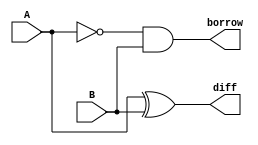
/*  821811 
    Felipe Rivetti Mizher
    Guia_0803
*/

module half_subtractor(
    input A, 
    input B, 
    output diff, borrow
);

    wire not_A;
    not NOT1 (not_A, A);
    xor XOR1 (diff, A, B);
    and AND1 (borrow, not_A, B);
    
endmodule

module full_subtractor(
    input A, B, Bin,
    output diff, Bout 
);
    wire borrow1, borrow2, diff1;

    half_subtractor HS1(A, B, diff1, borrow1);
    half_subtractor HS2(Bin, diff1, diff, borrow2);

    assign Bout = borrow1 | borrow2;
endmodule

module Guia_0802(
    input[5:0] operand_a,
    input[5:0] operand_b,
    output[5:0] difference,
    output borrow_out
);
    wire[5:0] diff;
    wire borrow;

    full_subtractor FS0(operand_a[5], operand_b[5], 1'b0, diff[5], borrow);
    full_subtractor FS1(operand_a[4], operand_b[4], borrow, diff[4], borrow);
    full_subtractor FS2(operand_a[3], operand_b[3], borrow, diff[3], borrow);
    full_subtractor FS3(operand_a[2], operand_b[2], borrow, diff[2], borrow);
    full_subtractor FS4(operand_a[1], operand_b[1], borrow, diff[1], borrow);
    full_subtractor FS5(operand_a[0], operand_b[0], borrow, diff[0], borrow_out);

    assign difference = diff;
endmodule

module Guia_0803_tb;
    reg[5:0] operand_a;
    reg[5:0] operand_b;
    wire[5:0] difference;
    wire borrow_out;

    Guia_0802 uut(operand_a, operand_b, difference, borrow_out);

    initial begin
        $monitor("operand_a=%b, operand_b=%b, difference=%b, borrow_out=%b", operand_a, operand_b, difference, borrow_out);
        operand_a = 6'b001010; operand_b = 6'b000100;
        #10;
        operand_a = 6'b000001; operand_b = 6'b000001;
        #10;
        operand_a = 6'b000010; operand_b = 6'b000010;
        #10;
        operand_a = 6'b000100; operand_b = 6'b000100;
        #10;
        operand_a = 6'b001000; operand_b = 6'b001000;
        #10;
        operand_a = 6'b010000; operand_b = 6'b000001;
        #10;
        operand_a = 6'b100000; operand_b = 6'b000001;
        #10;
        $finish();
    end
endmodule